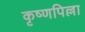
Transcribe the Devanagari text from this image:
कृष्णपिल्ला